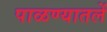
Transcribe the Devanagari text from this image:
पाळण्यातलें